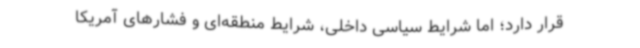
قرار دارد؛ اما شرایط سیاسی داخلی‌، شرایط منطقه‌ای و فشارهای آمریکا